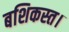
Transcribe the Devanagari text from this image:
बशिकस्त।